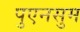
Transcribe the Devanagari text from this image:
पुएनसुम